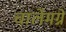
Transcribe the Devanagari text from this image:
चार्लेमग्ने